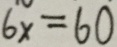
6 x = 6 0